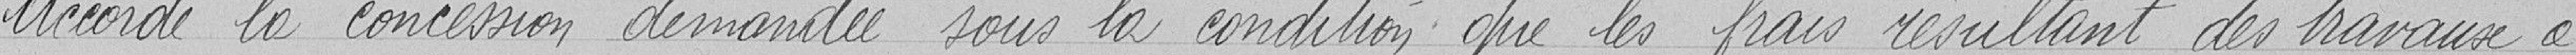
Accorde la concession demandée sous la condition que les frais résultant des travaux à